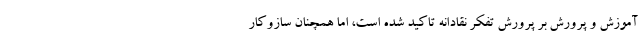
آموزش و پرورش بر پرورش تفکر نقادانه تاکید شده است، اما همچنان سازوکار